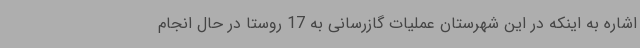
اشاره به اینکه در این شهرستان عملیات گازرسانی به 17 روستا در حال انجام